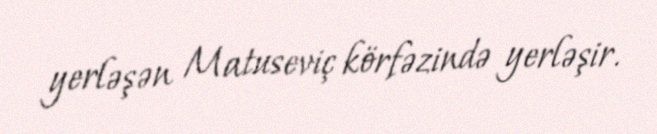
yerləşən Matuseviç körfəzində yerləşir.